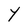
Character: Y